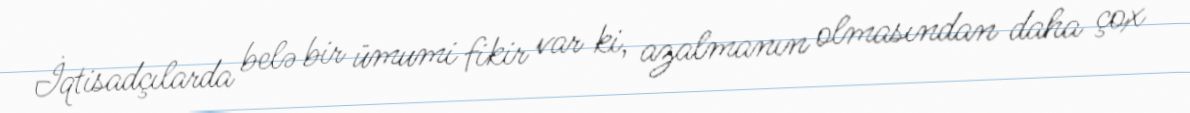
İqtisadçılarda belə bir ümumi fikir var ki, azalmanın olmasından daha çox